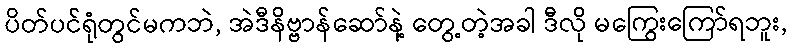
ပိတ်ပင်ရုံတွင်မကဘဲ, အဲဒီနိဗ္ဗာန်ဆော်နဲ့ တွေ့တဲ့အခါ ဒီလို မကြွေးကြော်ရဘူး,